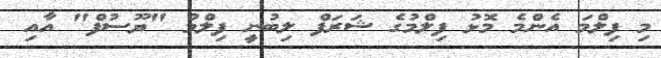
މި ފިލްމަ އެންމެ މޮޅު ފިލްމުގެ ޝަރަފް ލިބުނީ ފިލްމު "ޔޫސުފް" އާއި